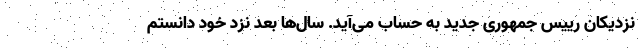
نزدیکان رییس جمهوری جدید به حساب می‌آید. سال‌ها بعد نزد خود دانستم